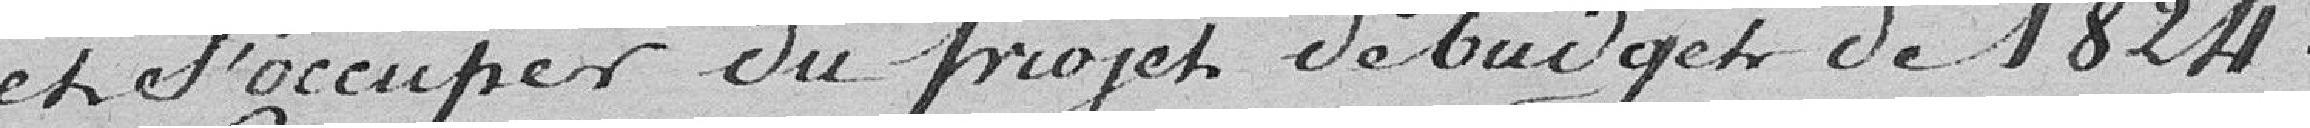
et s'occuper du projet de budget de 1824.